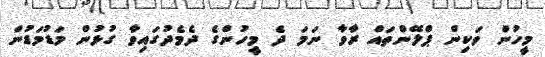
މީހުން ވަކިން ޕްލޭންތައް ރާވާ ނަމަ ދެ މީހުންގެ ދެމެދުގައިވާ ގުޅުން މަޑުމަޑުން